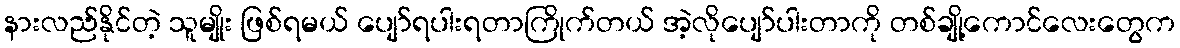
နားလည်နိုင်တဲ့ သူမျိုး ဖြစ်ရမယ် ပျော်ရပါးရတာကြိုက်တယ် အဲ့လိုပျော်ပါးတာကို တစ်ချို့ကောင်လေးတွေက